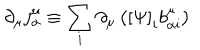
\partial _ { \mu } j _ { \alpha } ^ { \mu } \equiv \sum _ { i } \partial _ { \mu } \left( \left[ \Psi \right] _ { i } b _ { \alpha i } ^ { \mu } \right)